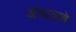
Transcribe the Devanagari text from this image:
अंगात्रणे